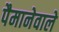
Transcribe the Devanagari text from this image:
पैमानेवाले